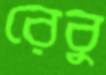
রেবু